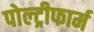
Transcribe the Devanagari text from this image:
पोल्ट्रीफार्म